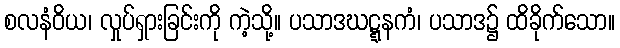
စလနံဝိယ၊ လှုပ်ရှားခြင်းကို ကဲ့သို့။ ပသာဒဃဋ္ဋနကံ၊ ပသာဒ၌ ထိခိုက်သော။